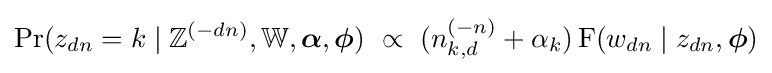
\Pr(z_{dn}=k\mid \mathbb {Z} ^{(-dn)},\mathbb {W} ,{\boldsymbol {\alpha }},{\boldsymbol {\phi }})\ \propto \ (n_{k,d}^{(-n)}+\alpha _{k})\operatorname {F} (w_{dn}\mid z_{dn},{\boldsymbol {\phi }})